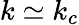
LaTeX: k\simeq k_{c}